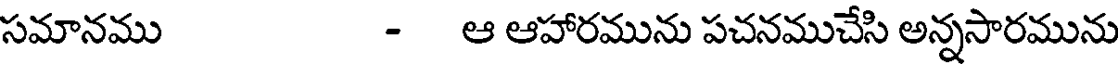
సమానము - ఆ ఆహారమును పచనముచేసి అన్నసారమును